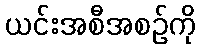
ယင်းအစီအစဉ်ကို